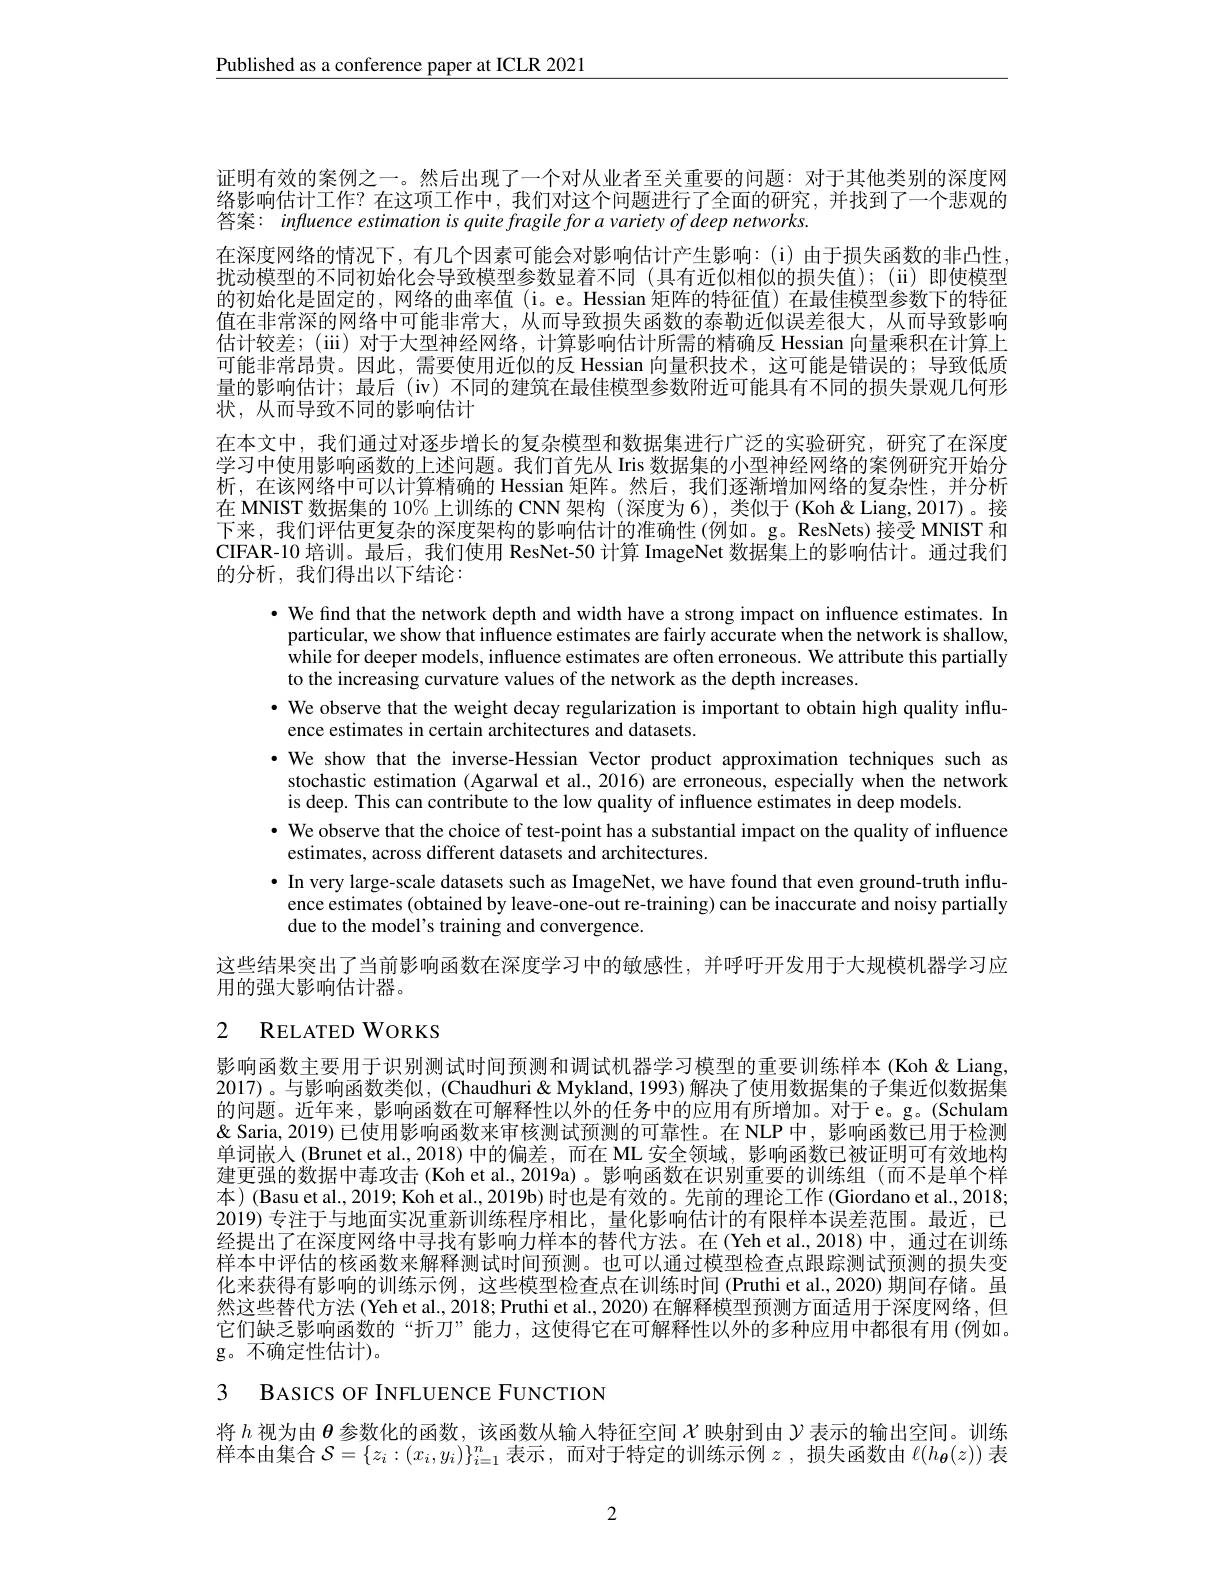
$\underline{\text{Published as a conference paper at ICLR 2021}}$

证明有效的案例之一。然后出现了一个对从业者至关重要的问题：对于其他类别的深度网络影响估计工作？在这项工作中，我们对这个问题进行了全面的研究，并找到了一个悲观的答案：influence estimation is quite fragile for a variety of deep networks.
在深度网络的情况下，有几个因素可能会对影响估计产生影响：(i)由于损失函数的非凸性扰动模型的不同初始化会导致模型参数显着不同(具有近似相似的损失值);(ii)即使模型的初始化是固定的，网络的曲率值 (i。e。Hessian 矩阵的特征值)在最佳模型参数下的特征值在非常深的网络中可能非常大，从而导致损失函数的泰勒近似误差很大，从而导致影响估计较差；(iii)对于大型神经网络，计算影响估计所需的精确反 Hessian 向量乘积在计算上可能非常昂贵。因此，需要使用近似的反 Hessian 向量积技术，这可能是错误的；导致低质量的影响估计；最后(iv)不同的建筑在最佳模型参数附近可能具有不同的损失景观几何形状，从而导致不同的影响估计
在本文中，我们通过对逐步增长的复杂模型和数据集进行广泛的实验研究，研究了在深度学习中使用影响函数的上述问题。我们首先从 Iris 数据集的小型神经网络的案例研究开始分析，在该网络中可以计算精确的 Hessian 矩阵。然后，我们逐渐增加网络的复杂性，并分析在 MNIST 数据集的 10% 上训练的 CNN 架构 (深度为 6), 类似于 (Koh &Liang, 2017)。接下来，我们评估更复杂的深度架构的影响估计的准确性(例如。g。ResNets)接受 MNIST 和CIFAR-10 培训。最后，我们使用 ResNet-50 计算 ImageNet 数据集上的影响估计。通过我们的分析，我们得出以下结论：
· We find that the network depth and width have a strong impact on influence estimates. In
particular, we show that influence estimates are fairly accurate when the network is shallow, while for deeper models, influence estimates are often erroneous. We attribute this partially to the increasing curvature values of the network as the depth increases
· We observe that the weight decay regularization is important to obtain high quality influ-
ence estimates in certain architectures and datasets.
·We show that the inverse-Hessian Vector product approximation techniques such as stochastic estimation (Agarwal et al., 2016) are erroneous, especially when the network is deep. This can contribute to the low quality of influence estimates in deep models.
· We observe that the choice of test-point has a substantial impact on the quality of influence
estimates, across different datasets and architectures.
· In very large-scale datasets such as ImageNet, we have found that even ground-truth influ-
ence estimates (obtained by leave-one-out re-training) can be inaccurate and noisy partially
due to the model's training and convergence.
这些结果突出了当前影响函数在深度学习中的敏感性，并呼吁开发用于大规模机器学习应
用的强大影响估计器。

# 2 RELATEDWORKS

影响函数主要用于识别测试时间预测和调试机器学习模型的重要训练样本(Koh&Liang, 2017)。与影响函数类似，(Chaudhuri& Mykland, 1993) 解决了使用数据集的子集近似数据集的问题。近年来，影响函数在可解释性以外的任务中的应用有所增加。对于e。g。(Schulam & Saria, 2019) 已使用影响函数来审核测试预测的可靠性。在 NLP 中，影响函数已用于检测单词嵌人(Brunet et al, 2018) 中的偏差，而在 ML 安全领域，影响函数已被证明可有效地构建更强的数据中毒攻击 (Koh et al., 2019a)。影响函数在识别重要的训练组 (而不是单个样本)(Basu et al., 2019; Koh et al., 2019b) 时也是有效的。先前的理论工作 (Giordano et al., 2018; 2019)专注于与地面实况重新训练程序相比，量化影响估计的有限样本误差范围。最近，已经提出了在深度网络中寻找有影响力样本的替代方法。在(Yeh et al.,2018)中，通过在训练样本中评估的核函数来解释测试时间预测。也可以通过模型检查点跟踪测试预测的损失变化来获得有影响的训练示例，这些模型检查点在训练时间(Pruthi et al., 2020) 期间存储。虽然这些替代方法 (Yeh et al., 2018; Pruthi et al., 2020) 在解释模型预测方面适用于深度网络，但它们缺乏影响函数的“折刀”能力，这使得它在可解释性以外的多种应用中都很有用(例如。g。不确定性估计)。

3 BASICS OF INFLUENCE FUNCTION

将$h$视为由$\boldsymbol{\theta}$参数化的函数，该函数从输人特征空间$\chi$映射到由$\mathcal{Y}$表示的输出空间。训练样本由集合$\mathcal{S}=\{z_i:(x_i,y_i)\}_{i=1}^n$表示，而对于特定的训练示例$z$ ,损失函数由$\ell(h_{\boldsymbol{\theta}}(z))$表

2